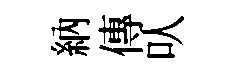
納傳㕥